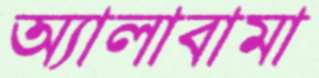
অ্যালাবামা